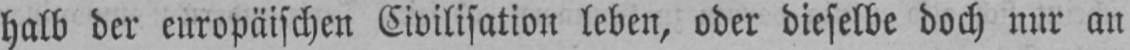
halb der europäischen Civilisation leben, oder dieselbe doch nur an